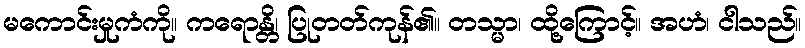
မကောင်းမှုကံကို။ ကရောန္တိ၊ ပြုတတ်ကုန်၏။ တသ္မာ၊ ထို့ကြောင့်။ အဟံ၊ ငါသည်။